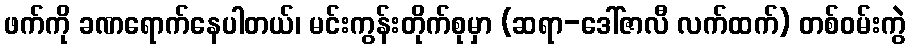
ဖက်ကို ခဏရောက်နေပါတယ်၊ မင်းကွန်းတိုက်စုမှာ (ဆရာ-ဒေါ်ဇာလီ လက်ထက်) တစ်ဝမ်းကွဲ